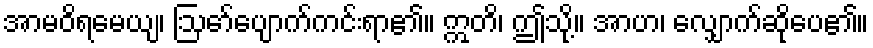
အာမဝိရမေယျ၊ ဩော်ပျောက်ကင်းရာ၏။ ဣတိ၊ ဤသို့။ အာဟ၊ လျှောက်ဆိုပေ၏။